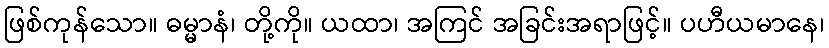
ဖြစ်ကုန်သော။ ဓမ္မာနံ၊ တို့ကို။ ယထာ၊ အကြင် အခြင်းအရာဖြင့်။ ပဟီယမာနေ၊